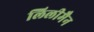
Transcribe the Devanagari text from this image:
लिलीमैन